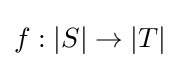
f:|S|\to |T|